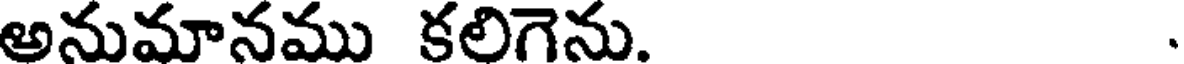
అనుమానము కలిగెను.